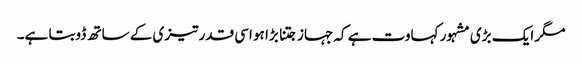
مگر ایک بڑی مشہور کہاوت ہے کہ جہاز جتنا بڑا ہو اسی قدر تیزی کے ساتھ ڈوبتا ہے۔